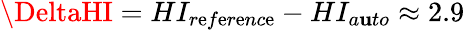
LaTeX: \DeltaHI=HI_{r\mathrm{e}f\mathrm{e}r\mathrm{e}nc\mathrm{e}}-HI_{a\mathbf{u}to}\approx2.9